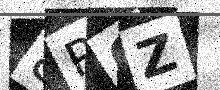
Text: 8P6Z